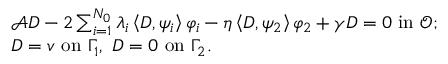
\begin{array} { r l } & { \mathcal { A } D - 2 \sum _ { i = 1 } ^ { N _ { 0 } } \lambda _ { i } \left< D , \psi _ { i } \right> \varphi _ { i } - \eta \left< D , \psi _ { 2 } \right> \varphi _ { 2 } + \gamma D = 0 \mathrm { ~ i n ~ } \mathcal { O } ; } \\ & { D = v \mathrm { ~ o n ~ } \Gamma _ { 1 } , \ D = 0 \mathrm { ~ o n ~ } \Gamma _ { 2 } . } \end{array}